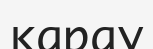
карау